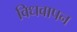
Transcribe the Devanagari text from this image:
विधवापन